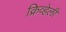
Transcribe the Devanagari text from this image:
क्रिव्हेली